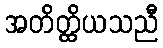
အတိတ္ထိယသညီ